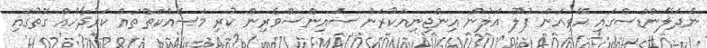
ނެދަލޭންޑްސްގައި އޭވިއަން ފުލޫ އަލުން އިންޖިނިއަކުރަން ސައިންސްވެރިން ކުރި މަސައްކަތްތައް ކަރުދާހެއް ގޮތުގައި